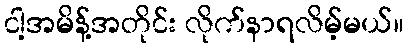
ငါ့အမိန့်အတိုင်း လိုက်နာရလိမ့်မယ်။